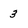
Character: 3